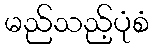
မည်သည့်ပုံစံ